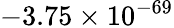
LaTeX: -3.75\times 10^{-69}